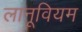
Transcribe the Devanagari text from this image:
लानूवियम